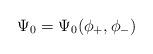
LaTeX: \begin{align*}\Psi_0=\Psi_0 (\phi_+,\phi_-)\end{align*}